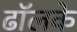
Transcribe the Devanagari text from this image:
ढॉलके